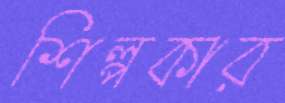
শিল্পকার